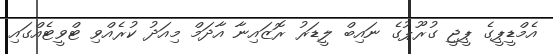
އެމްޑީޕީގެ ޕީޖީ ގުރޫޕުގެ ނައިބް ލީޑަރު ރޮޒައިނާ އާދަމް މިއަދު ކުރެއްވި ޓްވީޓެއްގައި